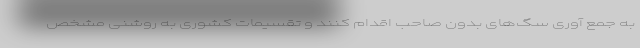
به جمع آوری سگ‌های بدون صاحب اقدام کنند و تقسیمات کشوری به روشنی مشخص